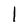
Character: I